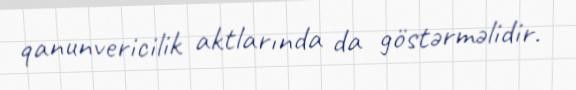
qanunvericilik aktlarında da göstərməlidir.